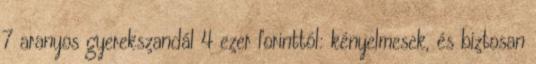
7 aranyos gyerekszandál 4 ezer forinttól: kényelmesek, és biztosan